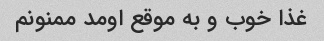
غذا خوب و به موقع اومد ممنونم